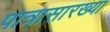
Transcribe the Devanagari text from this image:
पात्रासारख्या